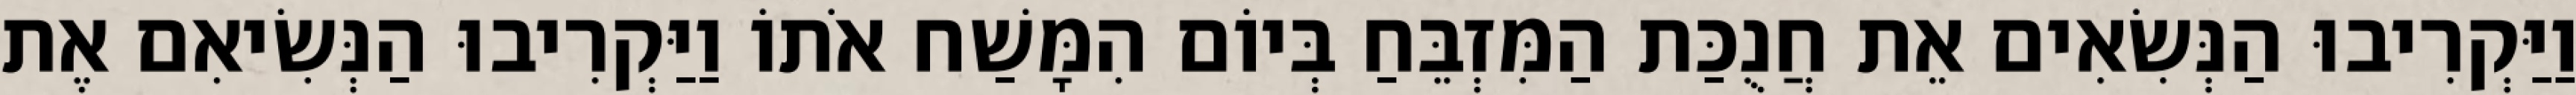
וַיַּקְרִיבוּ הַנְּשִׂאִים אֵת חֲנֻכַּת הַמִּזְבֵּחַ בְּיוֹם הִמָּשַׁח אֹתוֹ וַיַּקְרִיבוּ הַנְּשִׂיאִם אֶת